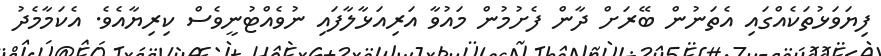
ފިޔަވަޅުތަކެއްގައި އެތަނުން ބޭރަށް ދާން ފެށުމުން މައުވާ އަރިއަޅާލާފައި ނުވެއްޓުނީވެސް ކިރިޔާއެވެ. އެކަމާމެދު